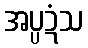
အပ္ပဍံသ